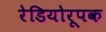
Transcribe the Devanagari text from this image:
रेडियोरूपक